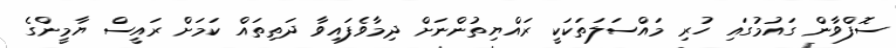
ސޮފްވާން ގައުމުގައި ހުރި މައްސަލަތަކަކީ ރައްޔިތުންނަށް ދިމާވެފައިވާ ދަތިތައް ކަމަށް ރައީސް ޔާމީންގެ